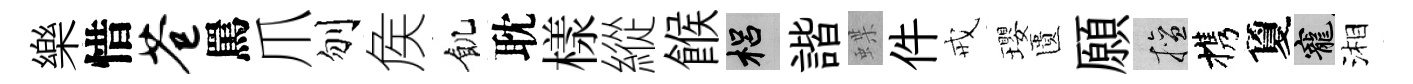
樂惜苍罵爪刎矦飢耽樣縱餱梠諧蝶件戒瓔匱願擅携夐寵湘